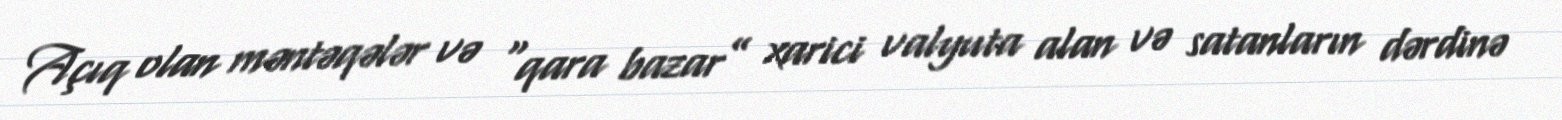
Açıq olan məntəqələr və “qara bazar” xarici valyuta alan və satanların dərdinə